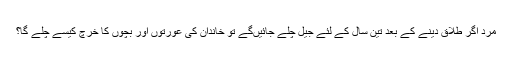
مرد اگر طلاق دینے کے بعد تین سال کے لئے جیل چلے جائیںگے تو خاندان کی عورتوں اور بچوں کا خرچ کیسے چلے گا؟